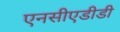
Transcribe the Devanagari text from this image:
एनसीएडीडी